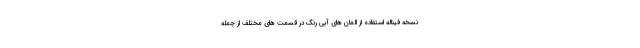
نسخه فیناله استفاده از المان های آبی رنگ در قسمت های مختلف از جمله